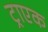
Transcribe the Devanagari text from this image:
ट्राएक